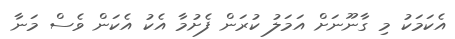
އެކަމަކު މި ގާނޫނަށް އަމަލު ކުރަން ފެށުމާ އެކު އެކަން ވެސް މަނާ